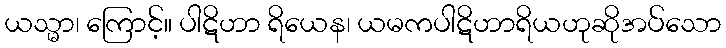
ယသ္မာ၊ ကြောင့်။ ပါဋိဟာ ရိယေန၊ ယမကပါဋိဟာရိယဟုဆိုအပ်သော